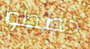
خططوا